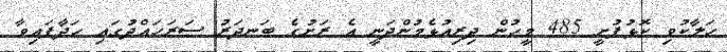
ހަލާކުވި ކޮޅުފުށީ 485 މީހުން ދިރިއުޅެމުންދަނީ އެ ރަށުގެ ބަނދަރު ސަރަހައްދުގައި ހަދާފައިވާ